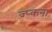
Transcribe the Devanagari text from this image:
ज्प्कना